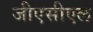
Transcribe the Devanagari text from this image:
जीएसीएल